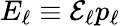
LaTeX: E_{\ell}\equiv\mathcal{E}_{\ell}p_{\ell}